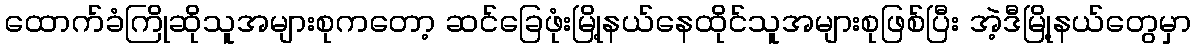
ထောက်ခံကြိုဆိုသူအများစုကတော့ ဆင်ခြေဖုံးမြို့နယ်နေထိုင်သူအများစုဖြစ်ပြီး အဲ့ဒီမြို့နယ်တွေမှာ